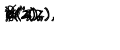
X ^ { \mu } ( z ) , \hspace { . 5 c m } \psi ^ { \mu } ( z ) , \hspace { . 5 c m } b ( z ) , \hspace { . 5 c m } c ( z ) , \hspace { . 5 c m } \beta ( z ) , \hspace { . 5 c m } \gamma ( z )